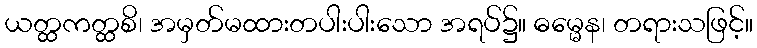
ယတ္ထကတ္ထစိ၊ အမှတ်မထားတပါးပါးသော အရပ်၌။ ဓမ္မေန၊ တရားသဖြင့်။